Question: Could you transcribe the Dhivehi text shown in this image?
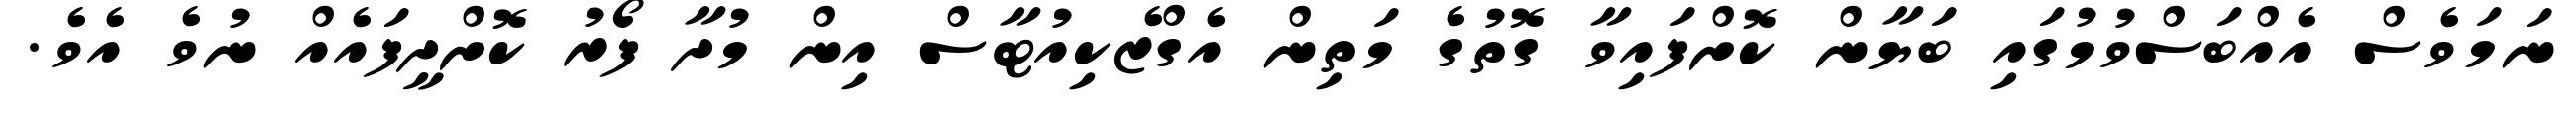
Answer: ނަމަވެސް އެއްބަސްވުމުގައި ބަޔާން ކޮށްފައިވާ ގޮތުގެ މަތިން އެގްޒެކިއުޓާސް އިން މުދާ ފޯރު ކޮށްދީފައެއް ނުވެ އެވެ.